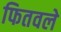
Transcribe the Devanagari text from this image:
फितवले